Document type: Inventory
Year: 1295
Scribe: Pere Marc
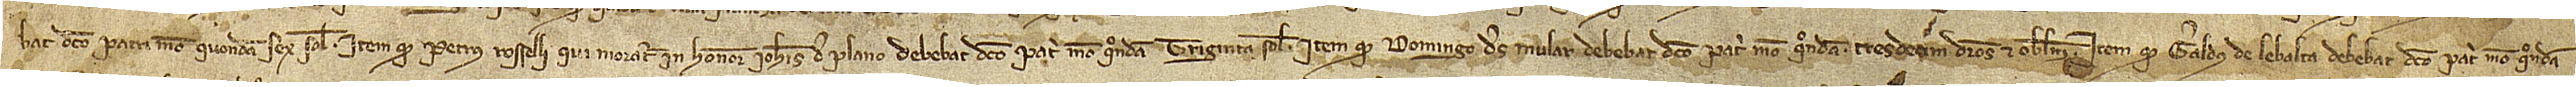
bat dicto patri meo, quondam, sex solidos; item, quod Petrus Rosselli, qui moratur in honore Iohannis de Plano, debebat dicto patri meo, quondam, triginta solidos; item, quod Domingo des Mular debebat dicto patri meo, quondam, tresdecim denarios et obolum; item, quod Geraldus de Lebalta debebat dicto patri meo, quondam,